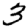
Digit: 3